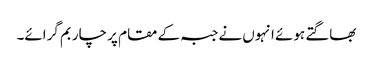
بھاگتے ہوئے انہوں نے جبہ کے مقام پر چار بم گرائے۔